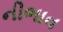
નીભાવ